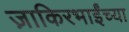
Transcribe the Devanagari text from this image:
ज़ाकिरभाईंच्या